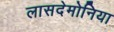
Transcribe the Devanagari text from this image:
लासदेमोनिया